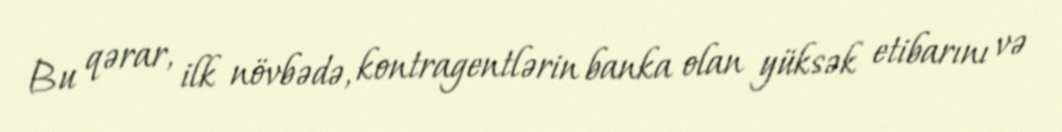
Bu qərar, ilk növbədə, kontragentlərin banka olan yüksək etibarını və